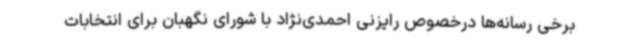
برخی رسانه‌ها درخصوص رایزنی احمدی‌نژاد با شورای نگهبان برای انتخابات